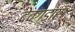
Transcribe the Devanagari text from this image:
देवगडास